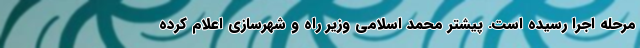
مرحله اجرا رسیده است. پیشتر محمد اسلامی وزیر راه و شهرسازی اعلام کرده